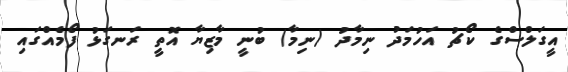
އީގަލްސްގެ ކޯޗު އަހުމަދު ނިމާދު (ނިމާ) ބުނީ މާޒިޔާ އޮތީ ރަނގަޅު ފޯމެއްގައި